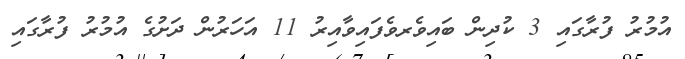
އުމުރު ފުރާގައި 3 ކުދިން ބައިވެރވެފައިވާއިރު 11 އަހަރުން ދަށުގެ އުމުރު ފުރާގައި